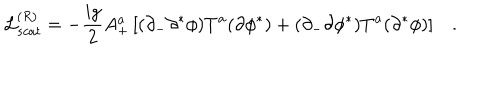
{ \cal L } _ { s c a t } ^ { ( R ) } = - \frac { i g } { 2 } A _ { + } ^ { a } \left[ ( \partial _ { - } \partial ^ { * } \phi ) T ^ { a } ( \partial \phi ^ { * } ) + ( \partial _ { - } \partial \phi ^ { * } ) T ^ { a } ( \partial ^ { * } \phi ) \right] .